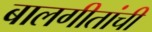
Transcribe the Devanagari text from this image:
बालगीतांची